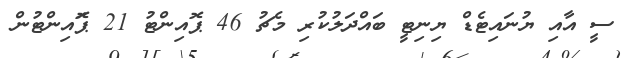
ސީ އާއި ޔުނައިޓެޑް ޔިނިޓީ ބައްދަލުކުރި މެޗު 46 ޕޮއިންޓު 21 ޕަޮއިންޓުން